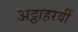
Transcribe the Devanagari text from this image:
अट्ठाहरवीं